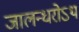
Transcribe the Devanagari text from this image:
जालन्धरोऽथ